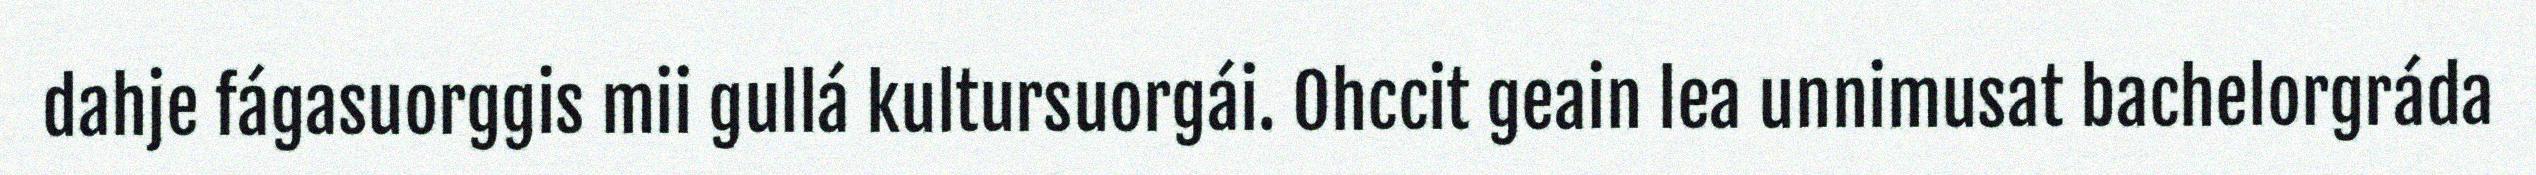
dahje fágasuorggis mii gullá kultursuorgái. Ohccit geain lea unnimusat bachelorgráda